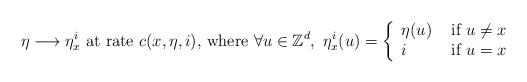
LaTeX: \begin{align*} \eta \longrightarrow \eta_x^i \mbox{ at rate $c(x,\eta,i)$,}\mbox{ where } \forall u \in \mathbb Z^d, \ \eta_x^i(u) = \left\{\begin{array}{ll}\eta(u) & \mbox{ if } u \neq x \\i & \mbox{ if } u =x\end{array}\right.\end{align*}